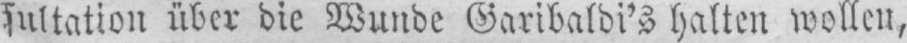
sultation über die Wunde Garibaldi’s halten wollen,